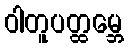
ဝါတူပတ္ထမ္ဘေ